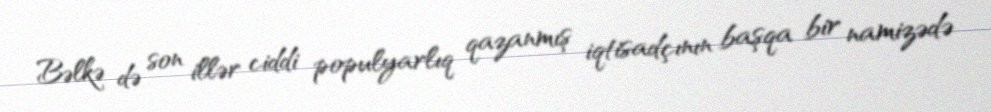
Bəlkə də son illər ciddi populyarlıq qazanmış iqtisadçının başqa bir namizədə